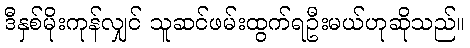
ဒီနှစ်မိုးကုန်လျှင် သူဆင်ဖမ်းထွက်ရဦးမယ်ဟုဆိုသည်။